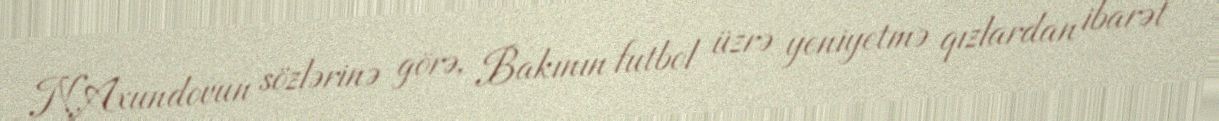
N.Axundovun sözlərinə görə, Bakının futbol üzrə yeniyetmə qızlardan ibarət